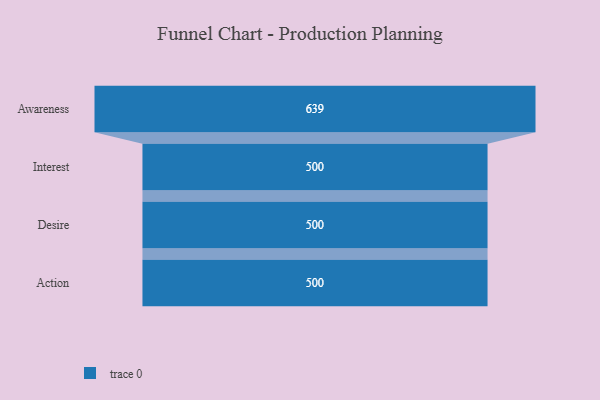
{"axis": {"x": "Stage", "y": "Value"}, "legend": [""], "data": [{"x": "Awareness", "y": 639.0, "type": ""}, {"x": "Interest", "y": 500, "type": ""}, {"x": "Desire", "y": 500, "type": ""}, {"x": "Action", "y": 500, "type": ""}]}